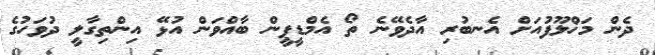
ދެން މަޚްލޫފުއަށް އެނބުރި އާދެވޭނެ ތޯ އެމްޑީޕީން ބާއްވަން އުޅޭ އިންތިގާލީ ދުވަހުގެ